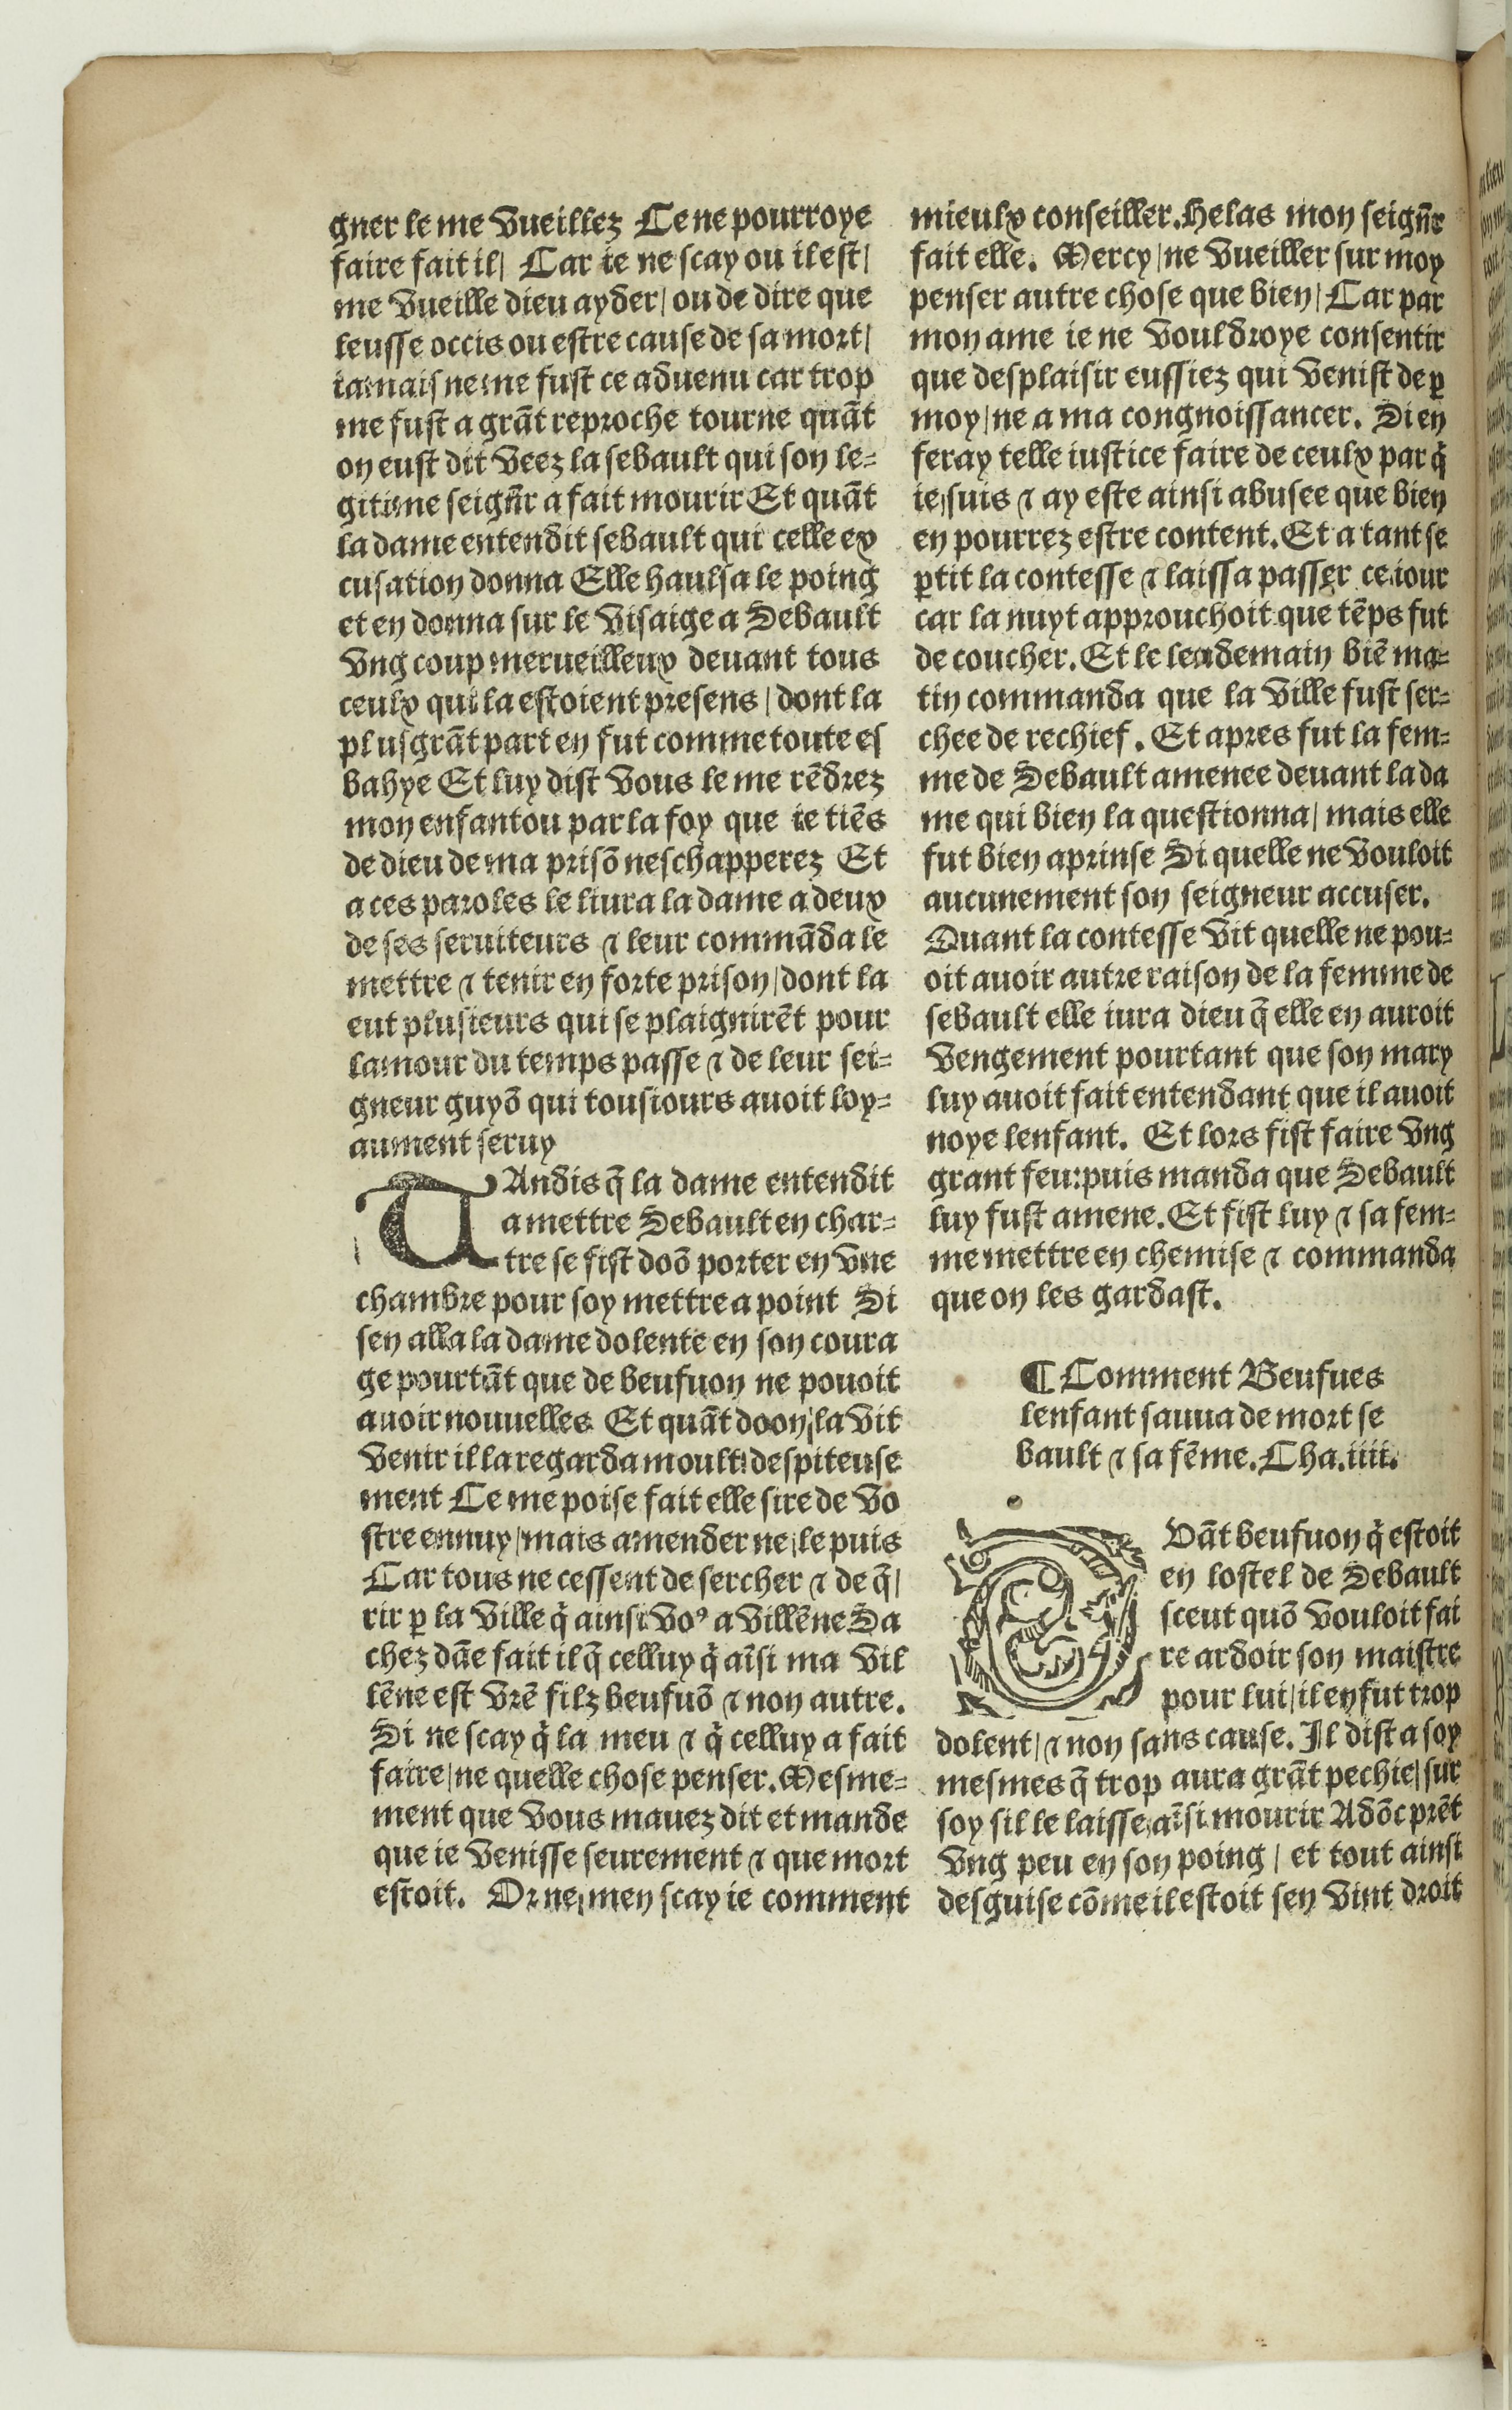
Shelfmark: Paris, BnF, Rés. Y2-674
Century: 16